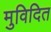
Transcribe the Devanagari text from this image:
मुविदित